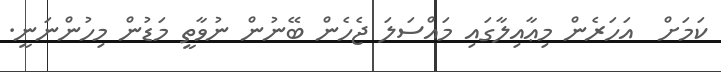
ކަމަށް  އަހަރެން މިޢާއިލާގައި މައްސަލަ ޖެހެން ބޭނުން ނުވާތީ މަޑުން މިހުންނަނީ.